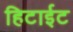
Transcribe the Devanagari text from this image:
हिटाईट